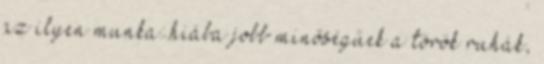
az ilyen munka: hiába jobb minőségűek a török ruhák,